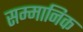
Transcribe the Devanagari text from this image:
सम्‍मानिक